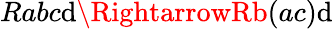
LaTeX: Rabc\mathrm{d}\RightarrowRb(ac)\mathrm{d}